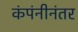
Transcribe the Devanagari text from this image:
कंपंनीनंतर